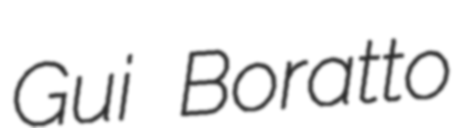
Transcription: Gui Boratto